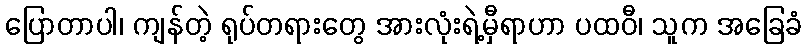
ပြောတာပါ၊ ကျန်တဲ့ ရုပ်တရားတွေ အားလုံးရဲ့မှီရာဟာ ပထဝီ၊ သူက အခြေခံ